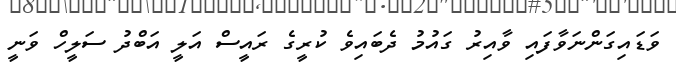
ވަޑައިގަންނަވާފައި ވާއިރު ގައުމު ދެބައިވެ ކުރީގެ ރައީސް އަލީ އަބްދު ސަލީހް ވަނީ